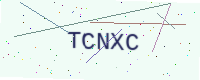
Text: TCNXC